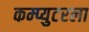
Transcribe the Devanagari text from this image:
कम्प्युटरला